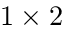
1 \times 2